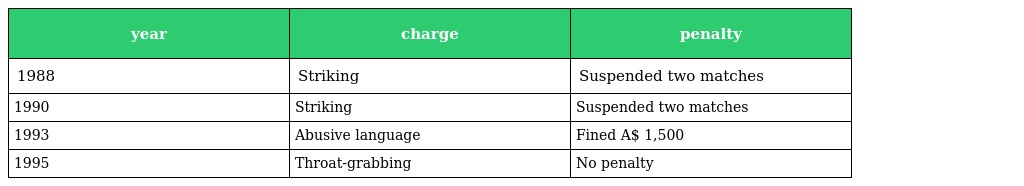
| year | charge | penalty |
 | --- | --- | --- |
 | 1988 | Striking | Suspended two matches |
 | 1990 | Striking | Suspended two matches |
 | 1993 | Abusive language | Fined A$ 1,500 |
 | 1995 | Throat-grabbing | No penalty |